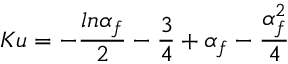
K u = - \frac { l n \alpha _ { f } } { 2 } - \frac { 3 } { 4 } + \alpha _ { f } - \frac { \alpha _ { f } ^ { 2 } } { 4 }